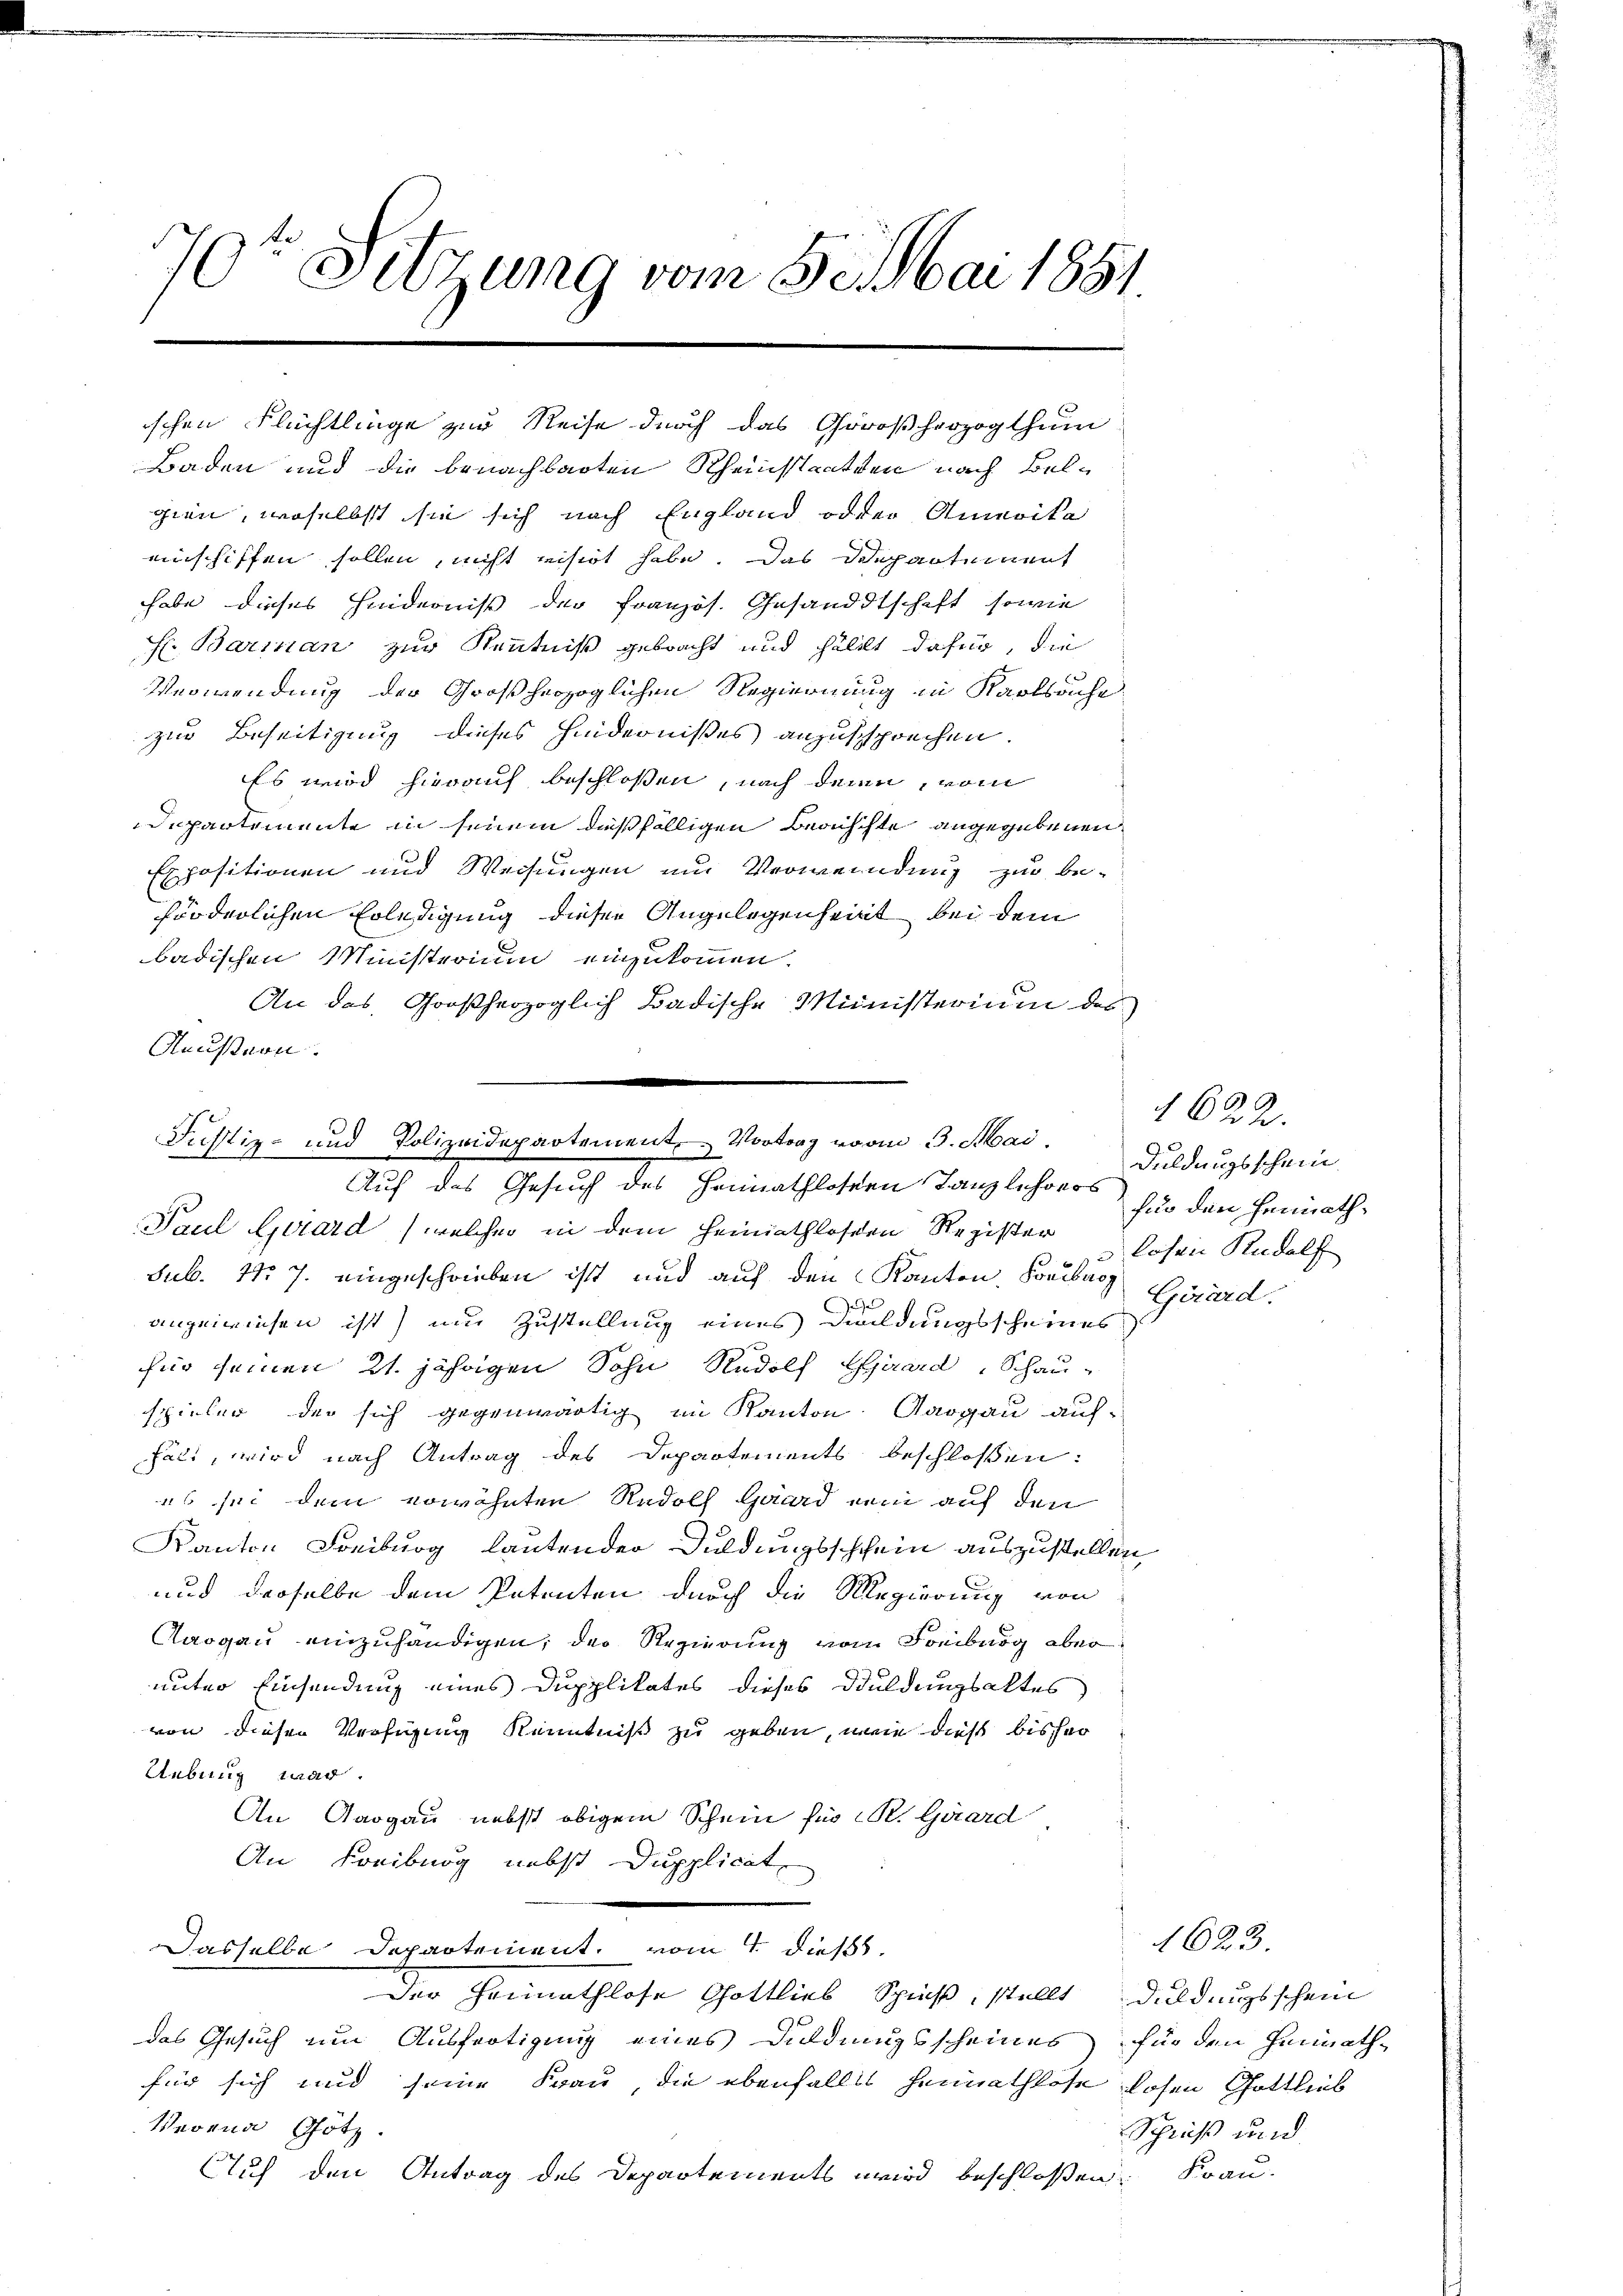
s
3
R.
e Sitzung vom 5. Mai 1851.

Justiz- und Polizeidepartement. Vortrag vom 3. Mai,
Auf das Gesuch des Heimathlossen Tanzlehrers
Paul Girard (welcher in dem Heimathlosen Register hohen Rudolf

ischen Flüchtlinge zur Reise durch das Großherzogthum
Baden und die benachbarten Rheinstaaten nach Belgien, woselbst sie sich nach England oder Anwoita
einschiffen sollen, nicht einstet habe. Das Departement
habe dieses Hinderniß der Französ. Gesandtschaft, sowie
Barian zur Kenntniß gebracht und fällt dafür, die
Verwendung der Großherzoglichen Regierung in Karlsache
zur Beseitigung dieses Hindernißes anzusprechen.
Es wird hierauf beschlossen, nach deren, vom
Departemente in seinem dießfälligen Berichte angegebenen
Expositionen und Weisungen und Verwendung zur be-
förderlichen Erledigung dieser Angelegenheit bei dem
badischen Ministerium einzukommen.
An das Großherzoglich Badische Ministerium des
Aeussern.

sub. 115 J. eingeschrieben ist, und auf den Kanton. Freiburg Girard.
angewiesen ist) und Zustellung eines Kundungsscheines
für seinen 21. jährigen Sohn Rudolf Ejuard, Schau-
spieler, der sich gegenwärtig im Kanton Aargau auf-
Fält, wird nach Antrag des Departements beschlossen:
es sei dem erwähnten Rudolf Guard dem auf den
Kanton Freiburg lautender Duldungsschchein auszustellen
und derselbe dem Petenten durch die Regierung von
Aargau einzuhändigen, der Regierung vom Freiburg aber
unter Einsendung eines Dupplikates dieses Duldungsaktes
von dieser Verfügung Kenntniß zu geben, wie dieß bisher
Uebung war
An Aargau nebst obigem Schein für St. Gard
An Freiburg nebst Dupplicat
Dasselbe Departement, vom 4 dieß.
der Heimathlose Gottlieb Spieß, stellt Duldungsschein
das Gesuch um Ausfertigung eines Duldungsscheines für den Heimath-
für sich und seine Frau, die ebenfalls heimathlose losen Gottlieb
Verein Götz.
Auf den Antrag des Departements wird beschloßen:

1622.
Duldungsschein
filo den Heimath¬

1623.
Schniß und
Frau.